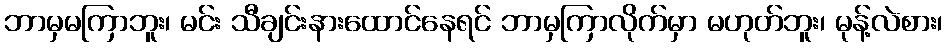
ဘာမှမကြာဘူး၊ မင်း သီချင်းနားထောင်နေရင် ဘာမှကြာလိုက်မှာ မဟုတ်ဘူး၊ မုန့်လဲစား၊